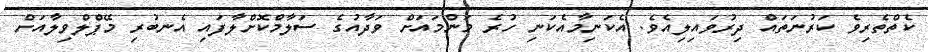
ކެތްތެރިވެ ކަރުނަތައް ދިރުވައިލިއެވެ. އެކަނިމާއެކަނި ހުރެ މަންމައަށް ވަދާއުގެ ސަލާމްކޮށްލާފައި އެނބުރި މޭޕްލްވިލާއަށް